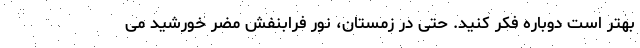
بهتر است دوباره فکر کنید. حتی در زمستان، نور فرابنفش مضر خورشید می